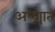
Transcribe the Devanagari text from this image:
अष्ट्मात